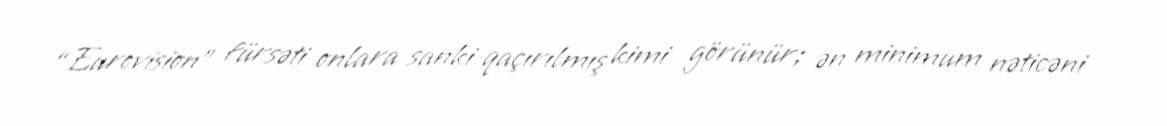
“Eurovision” fürsəti onlara sanki qaçırılmış kimi görünür; ən minimum nəticəni